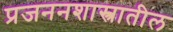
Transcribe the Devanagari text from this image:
प्रजननशास्त्रातील